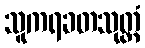
သူကရခတသုတ္တံ